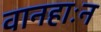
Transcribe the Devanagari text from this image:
वानहाःन